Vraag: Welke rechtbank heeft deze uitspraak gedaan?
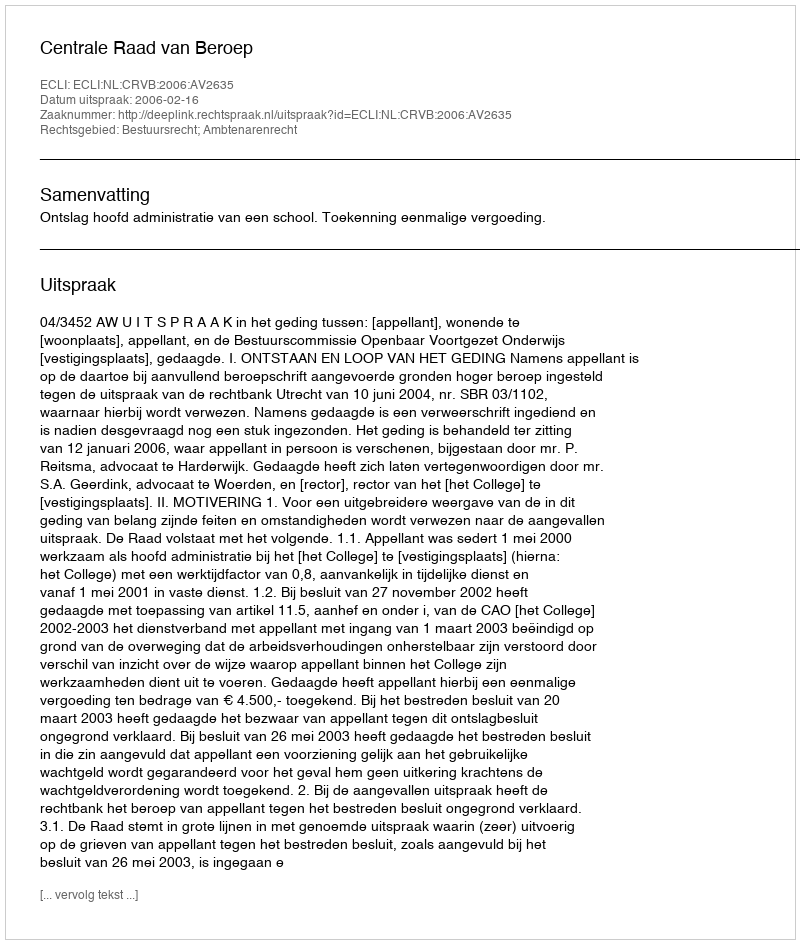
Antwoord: Centrale Raad van Beroep